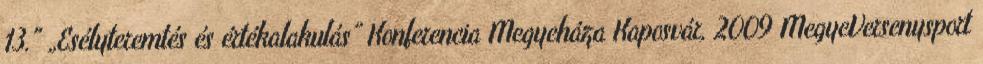
13." „Esélyteremtés és értékalakulás” Konferencia Megyeháza Kaposvár, 2009 MegyeVersenysport